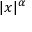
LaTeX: | x | ^ { \alpha }